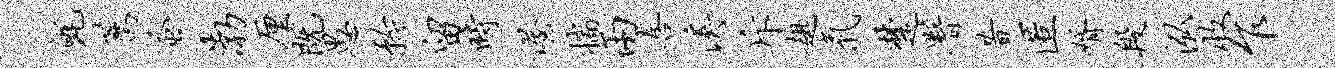
毡荐蚤渤厘既愚矜留时渥揣两喜溪斥趄气楚署昔匿婿段泓收乍